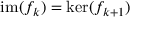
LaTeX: \operatorname { i m } ( f _ { k } ) = \ker ( f _ { k + 1 } )